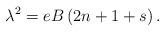
LaTeX: \begin{align*}\lambda ^{2}=eB\left( 2n+1+s\right) . \end{align*}